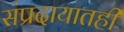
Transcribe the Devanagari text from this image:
संप्रदायातही